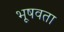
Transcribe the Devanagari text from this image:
भूषवता